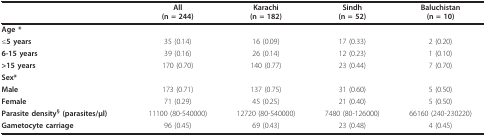
<table><thead><tr><td></td><td><b>All(n = 244)</b></td><td><b>Karachi(n = 182)</b></td><td><b>Sindh(n = 52)</b></td><td><b>Baluchistan(n = 10)</b></td></tr></thead><tbody><tr><td><b>Age *</b></td><td></td><td></td><td></td><td></td></tr><tr><td>≤<b>5 years</b></td><td>35 (0.14)</td><td>16 (0.09)</td><td>17 (0.33)</td><td>2 (0.20)</td></tr><tr><td><b>6-15 years</b></td><td>39 (0.16)</td><td>26 (0.14)</td><td>12 (0.23)</td><td>1 (0.10)</td></tr><tr><td><b>&gt;15 years</b></td><td>170 (0.70)</td><td>140 (0.77)</td><td>23 (0.44)</td><td>7 (0.70)</td></tr><tr><td><b>Sex*</b></td><td></td><td></td><td></td><td></td></tr><tr><td><b>Male</b></td><td>173 (0.71)</td><td>137 (0.75)</td><td>31 (0.60)</td><td>5 (0.50)</td></tr><tr><td><b>Female</b></td><td>71 (0.29)</td><td>45 (0.25)</td><td>21 (0.40)</td><td>5 (0.50)</td></tr><tr><td><b>Parasite density</b><sup><b>§ </b></sup><b>(parasites/μl)</b></td><td>11100 (80-540000)</td><td>12720 (80-540000)</td><td>7480 (80-126000)</td><td>66160 (240-230220)</td></tr><tr><td><b>Gametocyte carriage</b></td><td>96 (0.45)</td><td>69 (0.43)</td><td>23 (0.48)</td><td>4 (0.45)</td></tr></tbody></table>